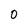
Character: 0